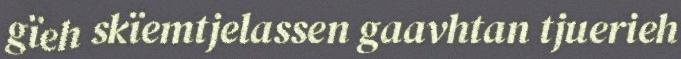
gïeh skïemtjelassen gaavhtan tjuerieh